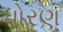
ધોરણ